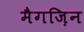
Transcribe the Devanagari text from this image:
मैगज़िन